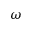
\omega